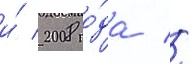
и́ 2008 го́да //